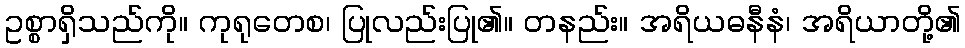
ဥစ္စာရှိသည်ကို။ ကုရုတေစ၊ ပြုလည်းပြု၏။ တနည်း။ အရိယဓနီနံ၊ အရိယာတို့၏